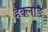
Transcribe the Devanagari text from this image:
हेक्लाङ